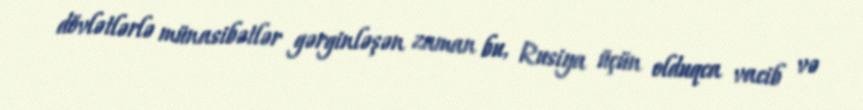
dövlətlərlə münasibətlər gərginləşən zaman bu, Rusiya üçün olduqca vacib və